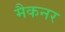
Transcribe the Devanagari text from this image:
मैकनर